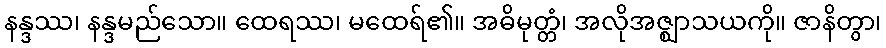
နန္ဒဿ၊ နန္ဒမည်သော။ ထေရဿ၊ မထေရ်၏။ အဓိမုတ္တံ၊ အလိုအဇ္ဈာသယကို။ ဇာနိတွာ၊